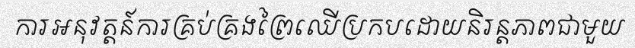
ការអនុវត្តន៍ការគ្រប់គ្រងព្រៃឈើប្រកបដោយនិរន្តភាពជាមួយ